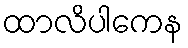
ထာလိပါကေန